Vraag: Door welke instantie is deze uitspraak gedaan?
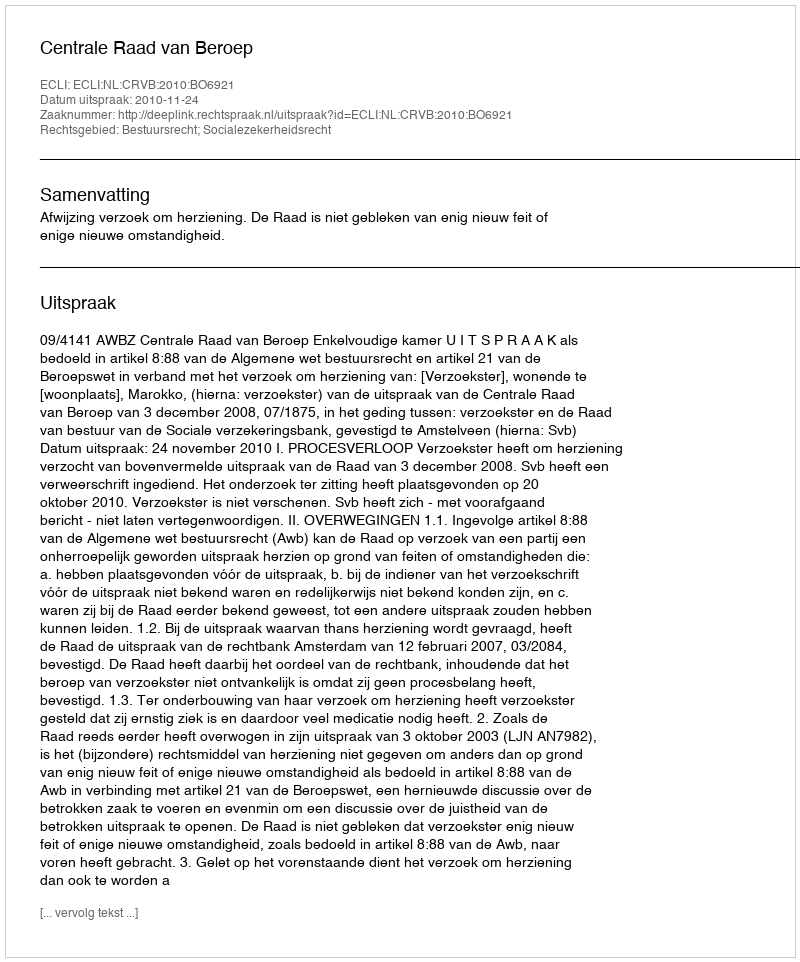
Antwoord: Centrale Raad van Beroep